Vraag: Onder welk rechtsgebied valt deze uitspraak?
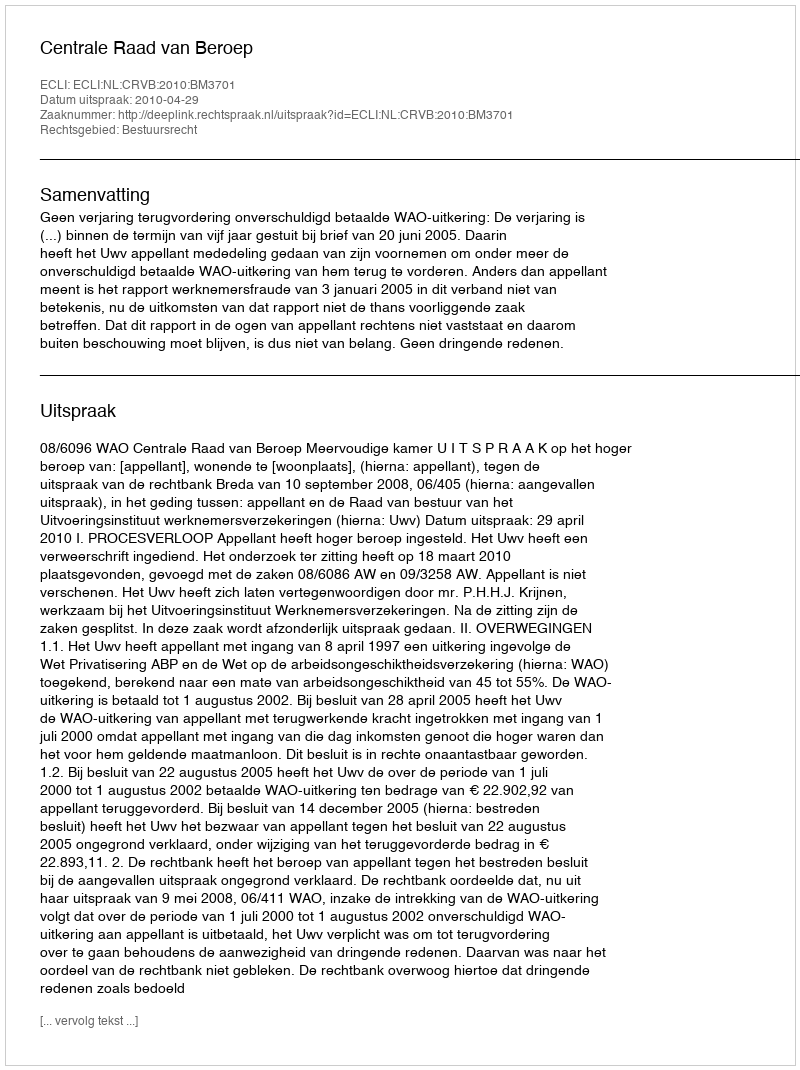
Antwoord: Bestuursrecht